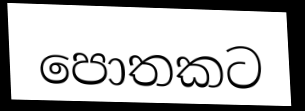
පොතකට